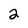
Character: 2